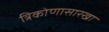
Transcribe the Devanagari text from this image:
त्रिकोणासारखा